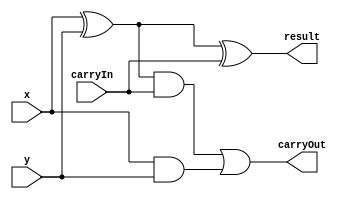
module Adder1( x, y, result, carryOut, carryIn);

	input  x, y, carryIn;
	output result, carryOut;
	wire   temp, temp2, temp3;

	xor(temp, x, y);
	xor(result, temp, carryIn);


	and(temp2, temp, carryIn);
	and(temp3, x, y);
	or(carryOut, temp2, temp3);


endmodule